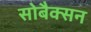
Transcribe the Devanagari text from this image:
सोबैक्सन